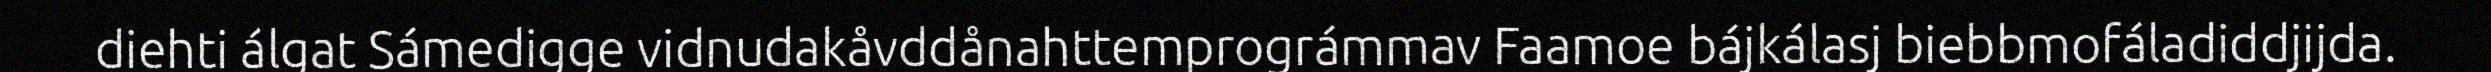
diehti álgat Sámedigge vidnudakåvddånahttemprográmmav Faamoe bájkálasj biebbmofáladiddjijda.